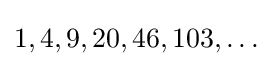
1,4,9,20,46,103,\ldots